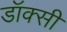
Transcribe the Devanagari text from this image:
डॉक्सी